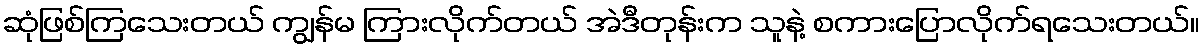
ဆုံဖြစ်ကြသေးတယ် ကျွန်မ ကြားလိုက်တယ် အဲဒီတုန်းက သူနဲ့ စကားပြောလိုက်ရသေးတယ်။